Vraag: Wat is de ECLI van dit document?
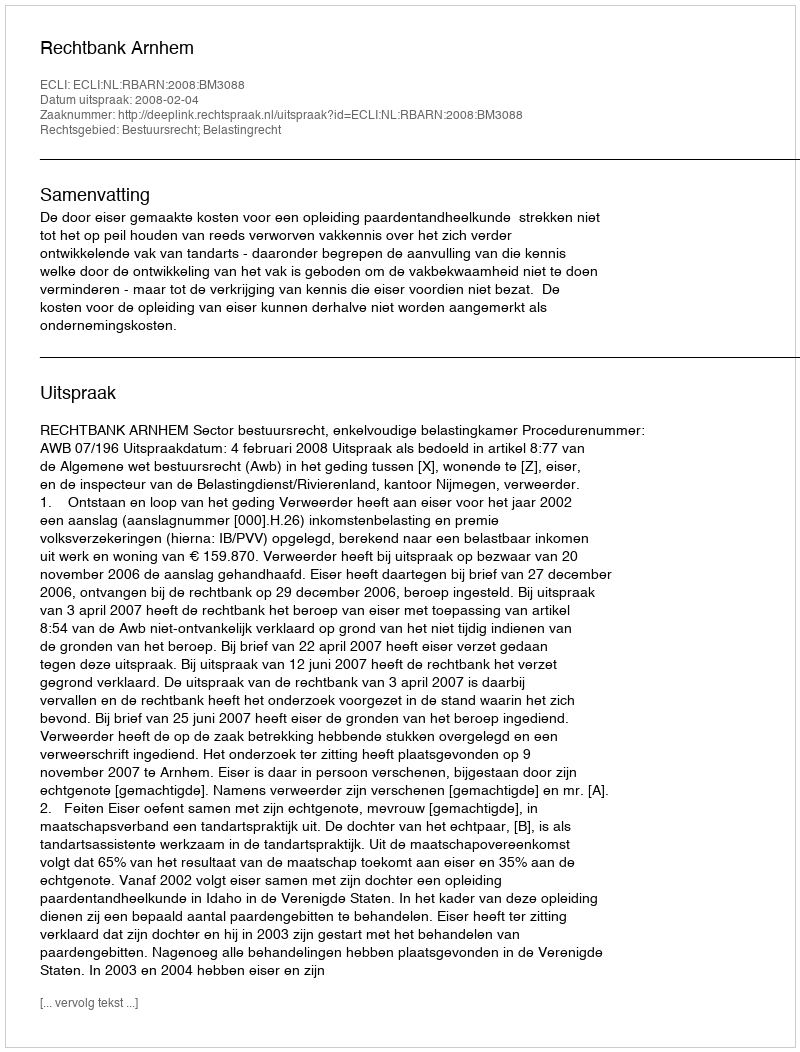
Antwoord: ECLI:NL:RBARN:2008:BM3088